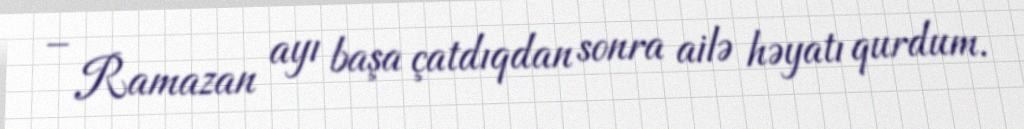
– Ramazan ayı başa çatdıqdan sonra ailə həyatı qurdum.